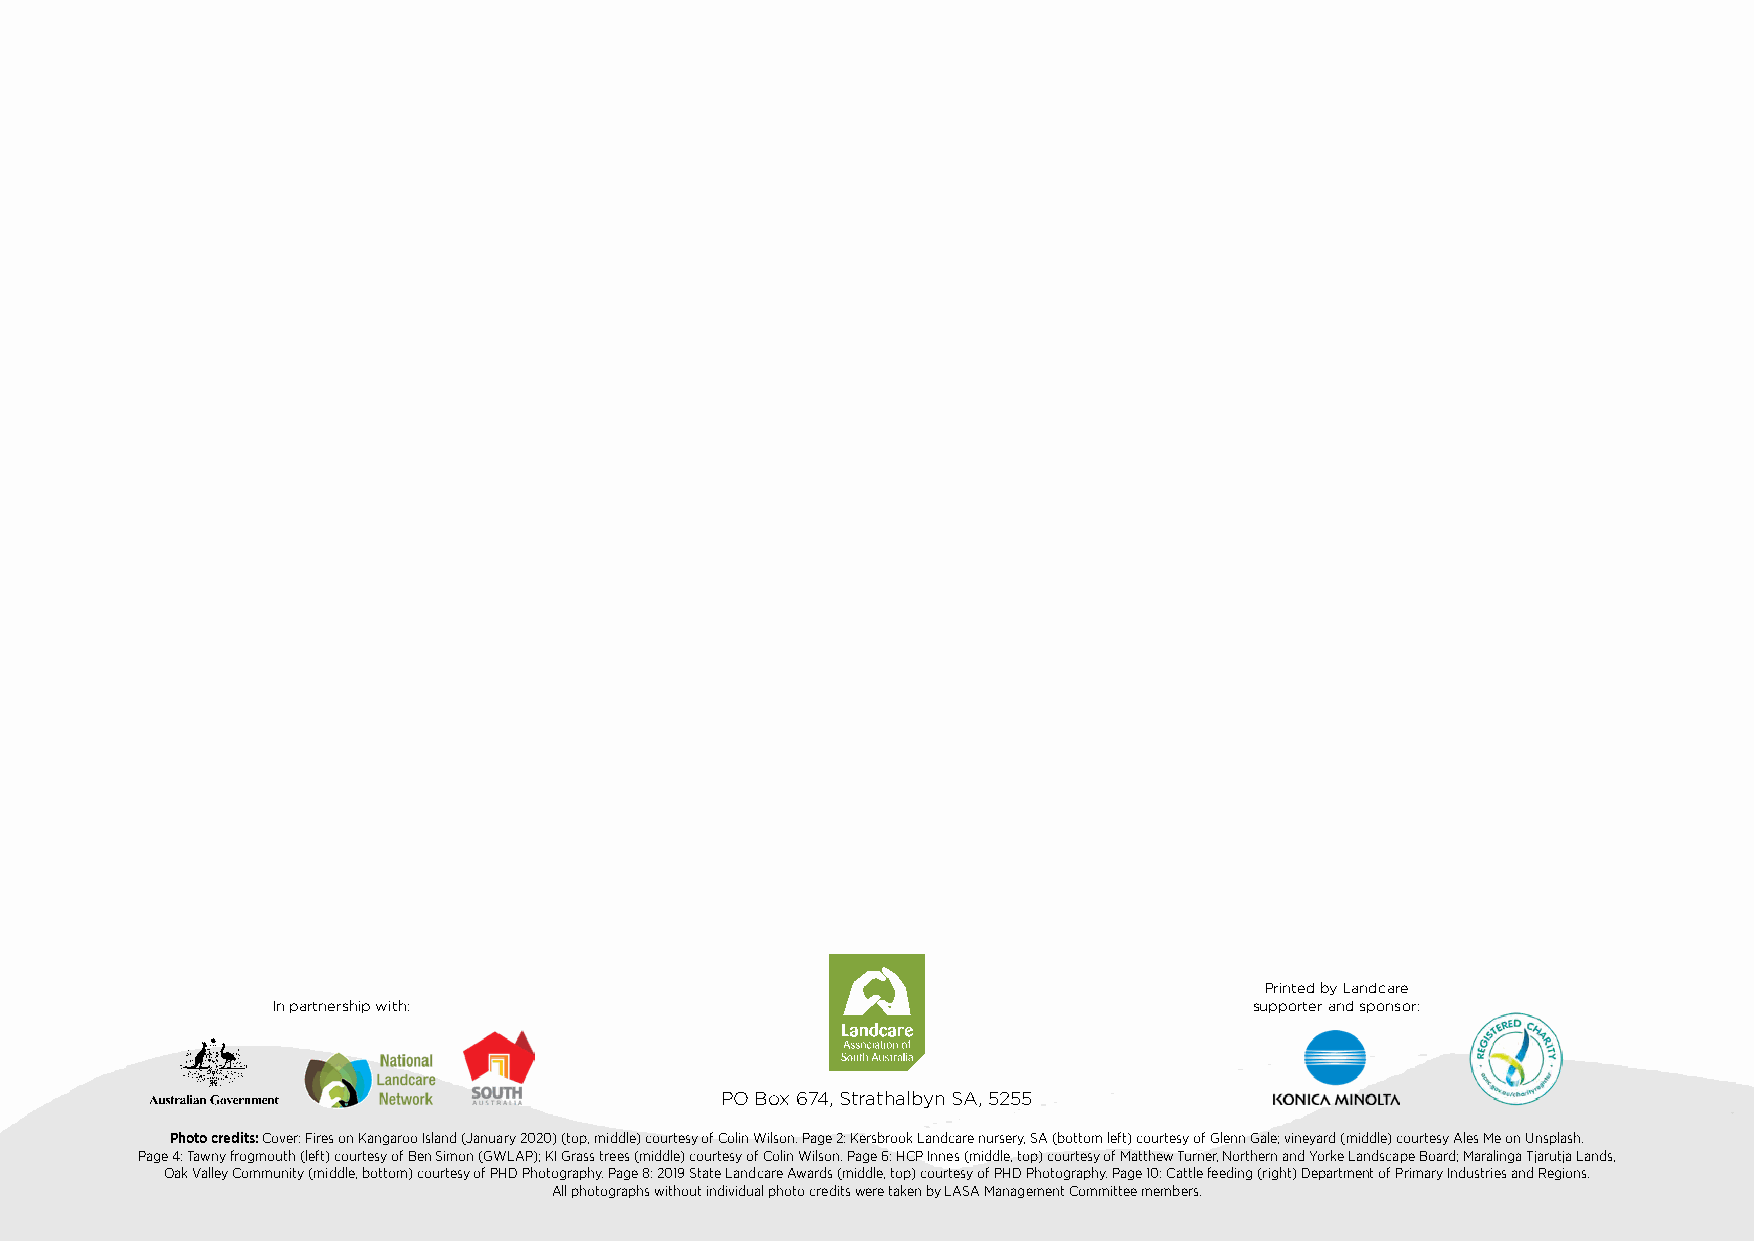
Printed by Landcare
 In partnership with:                                             supporter and sponsor:
 PO Box 674, Strathalbyn SA, 5255
 Photo credits: Cover: Fires on Kangaroo Island (January 2020) (top, middle) courtesy of Colin Wilson. Page 2: Kersbrook Landcare nursery, SA (bottom left) courtesy of Glenn Gale; vineyard (middle) courtesy Ales Me on Unsplash.
 Page 4: Tawny frogmouth (left) courtesy of Ben Simon (GWLAP); KI Grass trees (middle) courtesy of Colin Wilson. Page 6: HCP Innes (middle, top) courtesy of Matthew Turner, Northern and Yorke Landscape Board; Maralinga Tjarutja Lands,
 Oak Valley Community (middle, bottom) courtesy of PHD Photography. Page 8: 2019 State Landcare Awards (middle, top) courtesy of PHD Photography. Page 10: Cattle feeding (right) Department of Primary Industries and Regions.
 All photographs without individual photo credits were taken by LASA Management Committee members.